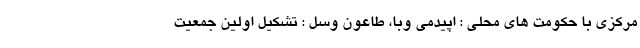
مرکزی با حکومت های محلی : اپیدمی وبا، طاعون وسل : تشکیل اولین جمعیت